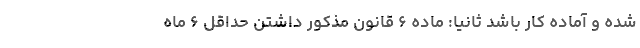
شده و آماده کار باشد ثانیاً: ماده ۶ قانون مذکور داشتن حداقل ۶ ماه